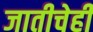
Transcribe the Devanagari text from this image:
जातीचेही